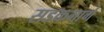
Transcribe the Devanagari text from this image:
सडकमार्ग